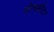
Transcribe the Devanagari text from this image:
गोल्डबीटर